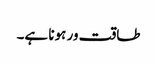
طاقت ور ہونا ہے۔